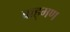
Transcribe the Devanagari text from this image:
ब्राह्‌मण